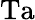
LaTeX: \mathrm{Ta}